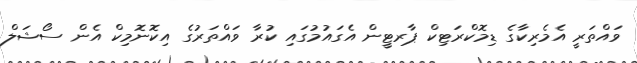
ވައްތަރީ އެމެރިކާގެ ޑިމޮކްރަޓިކް ޕާރޓީން އެގައުމުގައި ކުރާ ވައްތަރުގެ އިކޮނޮމިކް އެން ސޯޝަލް